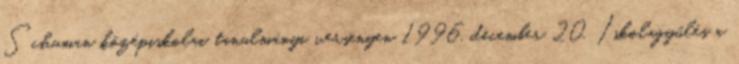
Schuman középiskolai tanulmányi versenyen 1996. december 20. Iskolagyűlés a